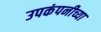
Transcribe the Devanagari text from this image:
उपकंपनीच्या